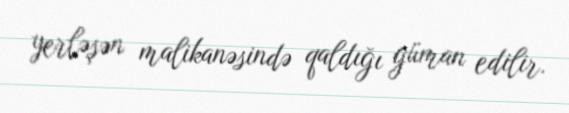
yerləşən malikanəsində qaldığı güman edilir.